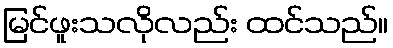
မြင်ဖူးသလိုလည်း ထင်သည်။